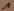
Text: 1